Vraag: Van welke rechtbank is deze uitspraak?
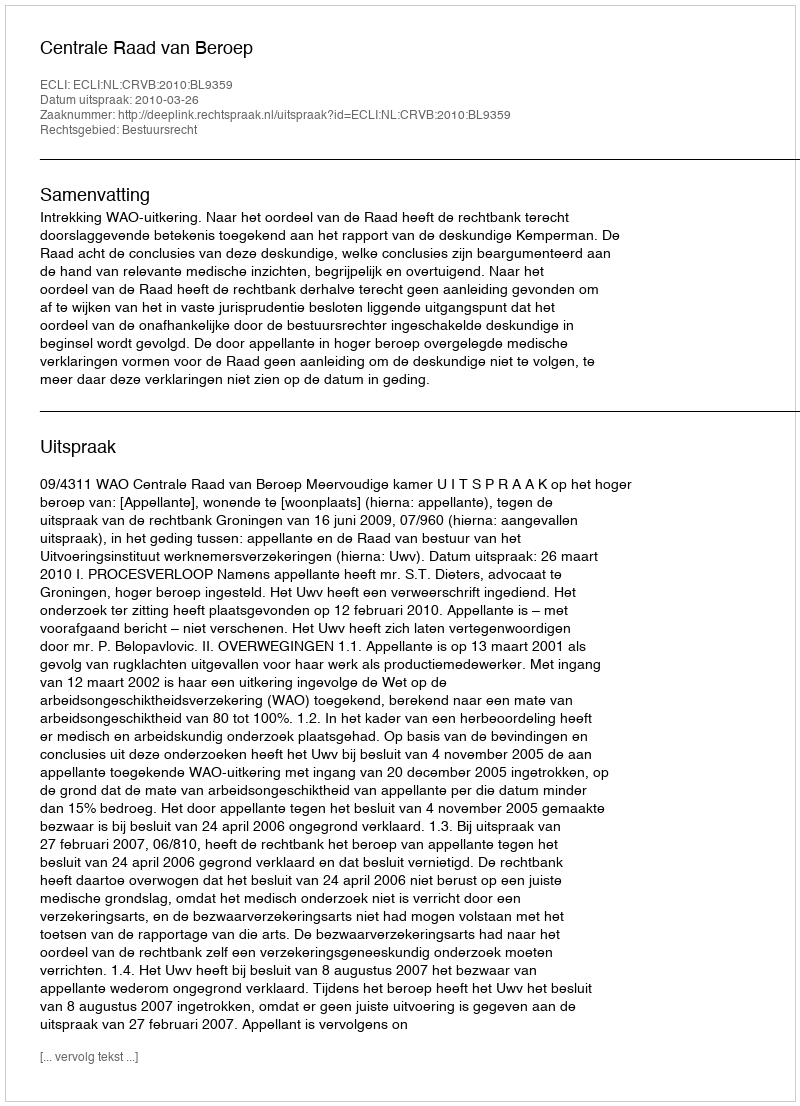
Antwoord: Centrale Raad van Beroep